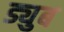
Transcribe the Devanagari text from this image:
ड्युब